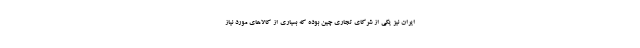
ایران نیز یکی از شرکای تجاری چین بوده که بسیاری از کالاهای مورد نیاز